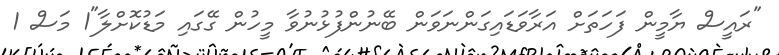
"ރައީސް ޔާމީން ފަހަތަށް އަރާވަޑައިގަންނަވަން ބޭނުންފުޅުނުވާ މީހުން ގޭގައި މަޑުކޮށްލާ"1 މަސް 1